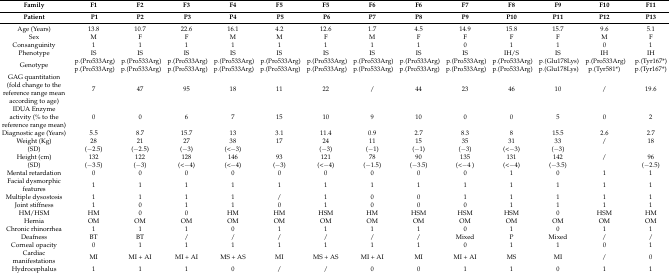
<table><thead><tr><td><b>Family</b></td><td><b>F1</b></td><td><b>F2</b></td><td><b>F3</b></td><td><b>F4</b></td><td><b>F5</b></td><td><b>F5</b></td><td><b>F6</b></td><td><b>F6</b></td><td><b>F7</b></td><td><b>F8</b></td><td><b>F9</b></td><td><b>F10</b></td><td><b>F11</b></td></tr><tr><td><b>Patient</b></td><td><b>P1</b></td><td><b>P2</b></td><td><b>P3</b></td><td><b>P4</b></td><td><b>P5</b></td><td><b>P6</b></td><td><b>P7</b></td><td><b>P8</b></td><td><b>P9</b></td><td><b>P10</b></td><td><b>P11</b></td><td><b>P12</b></td><td><b>P13</b></td></tr></thead><tbody><tr><td>Age (Years)</td><td>13.8</td><td>10.7</td><td>22.6</td><td>16.1</td><td>4.2</td><td>12.6</td><td>1.7</td><td>4.5</td><td>14.9</td><td>15.8</td><td>15.7</td><td>9.6</td><td>5.1</td></tr><tr><td>Sex</td><td>M</td><td>F</td><td>F</td><td>M</td><td>M</td><td>F</td><td>M</td><td>F</td><td>F</td><td>F</td><td>F</td><td>M</td><td>F</td></tr><tr><td>Consanguinity</td><td>1</td><td>1</td><td>1</td><td>1</td><td>1</td><td>1</td><td>1</td><td>1</td><td>0</td><td>1</td><td>1</td><td>0</td><td>1</td></tr><tr><td>Phenotype</td><td>IS</td><td>IS</td><td>IS</td><td>IS</td><td>IS</td><td>IS</td><td>IS</td><td>IS</td><td>IS</td><td>IH/S</td><td>IS</td><td>IH</td><td>IH</td></tr><tr><td>Genotype</td><td>p.(Pro533Arg) p.(Pro533Arg)</td><td>p.(Pro533Arg) p.(Pro533Arg)</td><td>p.(Pro533Arg) p.(Pro533Arg)</td><td>p.(Pro533Arg) p.(Pro533Arg)</td><td>p.(Pro533Arg) p.(Pro533Arg)</td><td>p.(Pro533Arg) p.(Pro533Arg)</td><td>p.(Pro533Arg) p.(Pro533Arg)</td><td>p.(Pro533Arg) p.(Pro533Arg)</td><td>p.(Pro533Arg) p.(Pro533Arg)</td><td>p.(Pro533Arg) p.(Pro533Arg)</td><td>p.(Glu178Lys) p.(Glu178Lys)</td><td>p.(Pro533Arg) p.(Tyr581*)</td><td>p.(Tyr167*) p.(Tyr167*)</td></tr><tr><td>GAG quantitation (fold change to the reference range mean according to age)</td><td>7</td><td>47</td><td>95</td><td>18</td><td>11</td><td>22</td><td>/</td><td>44</td><td>23</td><td>46</td><td>10</td><td>/</td><td>19.6</td></tr><tr><td>IDUA Enzyme activity (% to the reference range mean)</td><td>0</td><td>0</td><td>6</td><td>7</td><td>15</td><td>10</td><td>9</td><td>10</td><td>0</td><td>0</td><td>5</td><td>0</td><td>2</td></tr><tr><td>Diagnostic age (Years)</td><td>5.5</td><td>8.7</td><td>15.7</td><td>13</td><td>3.1</td><td>11.4</td><td>0.9</td><td>2.7</td><td>8.3</td><td>8</td><td>15.5</td><td>2.6</td><td>2.7</td></tr><tr><td>Weight (Kg)</td><td>28</td><td>21</td><td>27</td><td>38</td><td>17</td><td>24</td><td>11</td><td>15</td><td>35</td><td>31</td><td>33</td><td>/</td><td>18</td></tr><tr><td>(SD)</td><td>(−2.5)</td><td>(−2.5)</td><td>(−3)</td><td>(&lt;−3)</td><td></td><td>(−3)</td><td>(−1)</td><td>(−1)</td><td>(−3)</td><td>(&lt;−3)</td><td>(−3)</td><td></td><td></td></tr><tr><td>Height (cm)</td><td>132</td><td>122</td><td>128</td><td>146</td><td>93</td><td>121</td><td>78</td><td>90</td><td>135</td><td>131</td><td>142</td><td>/</td><td>96</td></tr><tr><td>(SD)</td><td>(−3.5)</td><td>(−3)</td><td>(&lt;−4)</td><td>(&lt;−4)</td><td>(−3)</td><td>(&lt;−4)</td><td>(−1.5)</td><td>(−3.5)</td><td>(&lt;−4 )</td><td>(&lt;−4)</td><td>(−3.5)</td><td></td><td>(−2.5)</td></tr><tr><td>Mental retardation</td><td>0</td><td>0</td><td>0</td><td>0</td><td>0</td><td>0</td><td>0</td><td>0</td><td>0</td><td>1</td><td>0</td><td>1</td><td>1</td></tr><tr><td>Facial dysmorphic features</td><td>1</td><td>1</td><td>1</td><td>1</td><td>1</td><td>1</td><td>1</td><td>1</td><td>1</td><td>1</td><td>1</td><td>1</td><td>1</td></tr><tr><td>Multiple dysostosis</td><td>1</td><td>1</td><td>1</td><td>1</td><td>/</td><td>1</td><td>0</td><td>0</td><td>1</td><td>1</td><td>1</td><td>1</td><td>1</td></tr><tr><td>Joint stiffness</td><td>1</td><td>0</td><td>1</td><td>1</td><td>0</td><td>1</td><td>0</td><td>0</td><td>0</td><td>1</td><td>1</td><td>1</td><td>1</td></tr><tr><td>HM/HSM</td><td>HM</td><td>0</td><td>0</td><td>HM</td><td>HM</td><td>HSM</td><td>HM</td><td>HSM</td><td>HSM</td><td>HSM</td><td>0</td><td>HSM</td><td>HM</td></tr><tr><td>Hernia</td><td>OM</td><td>OM</td><td>OM</td><td>OM</td><td>OM</td><td>OM</td><td>OM</td><td>OM</td><td>OM</td><td>OM</td><td>OM</td><td>OM</td><td>OM</td></tr><tr><td>Chronic rhinorrhea</td><td>1</td><td>1</td><td>1</td><td>0</td><td>1</td><td>1</td><td>1</td><td>1</td><td>0</td><td>1</td><td>0</td><td>1</td><td>1</td></tr><tr><td>Deafness</td><td>BT</td><td>BT</td><td>/</td><td>/</td><td>/</td><td>/</td><td>/</td><td>/</td><td>Mixed</td><td>P</td><td>Mixed</td><td>/</td><td>/</td></tr><tr><td>Corneal opacity</td><td>0</td><td>1</td><td>1</td><td>1</td><td>1</td><td>1</td><td>1</td><td>1</td><td>0</td><td>1</td><td>1</td><td>0</td><td>1</td></tr><tr><td>Cardiac manifestations</td><td>MI</td><td>MI + AI</td><td>MI + AI</td><td>MS + AS</td><td>MI</td><td>MS + AS</td><td>MI + AI</td><td>MI</td><td>MI + AI</td><td>MS</td><td>MI</td><td>/</td><td>0</td></tr><tr><td>Hydrocephalus</td><td>1</td><td>1</td><td>1</td><td>0</td><td>/</td><td>/</td><td>0</td><td>0</td><td>1</td><td>1</td><td>0</td><td>1</td><td>1</td></tr></tbody></table>